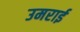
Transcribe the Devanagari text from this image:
उमराई